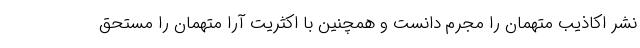
نشر اکاذیب متهمان را مجرم دانست و همچنین با اکثریت آرا متهمان را مستحق